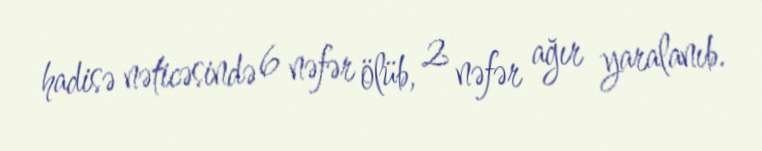
hadisə nəticəsində 6 nəfər ölüb, 2 nəfər ağır yaralanıb.